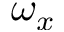
\omega _ { x }